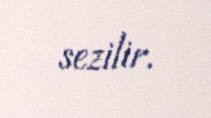
sezilir.